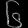
Digit: ၆